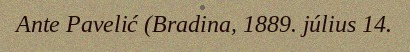
Ante Pavelić (Bradina, 1889. július 14.